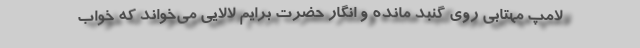
لامپ مهتابی روی گنبد مانده و انگار حضرت برایم لالایی می‌خواند که خواب